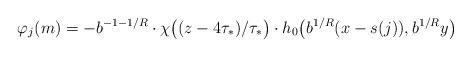
LaTeX: \begin{align*}\varphi_j(m)=- b^{-1-1/R}\cdot \chi\big((z-4\tau_*)/\tau_*\big)\cdot h_0\big(b^{1/R}(x-s(j)),b^{1/R}y\big)\end{align*}